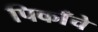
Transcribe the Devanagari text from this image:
पिकाँचे